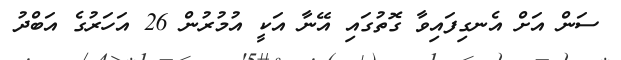
ސަން އަށް އެނގިފައިވާ ގޮތުގައި އޭނާ އަކީ އުމުރުން 26 އަހަރުގެ އަބްދު